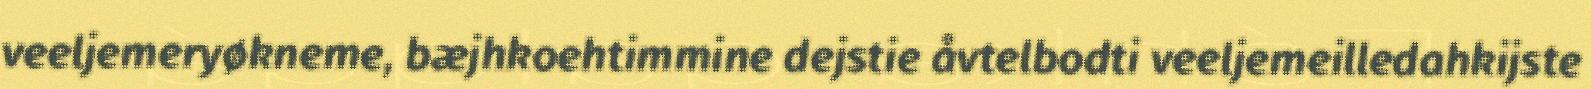
veeljemeryøkneme, bæjhkoehtimmine dejstie åvtelbodti veeljemeilledahkijste